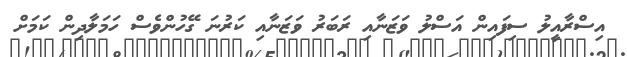
އިސްރާއީލު ސިފައިން އަސްލު ވަޒަނާއި ރަބަރު ވަޒަނާއި ކަރުނަ ގޭހުންވެސް ހަމަލާދިން ކަމަށް